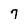
Character: 7